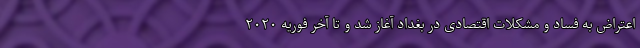
اعتراض به فساد و مشکلات اقتصادی در بغداد آغاز شد و تا آخر فوریه ۲۰۲۰